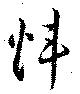
煒